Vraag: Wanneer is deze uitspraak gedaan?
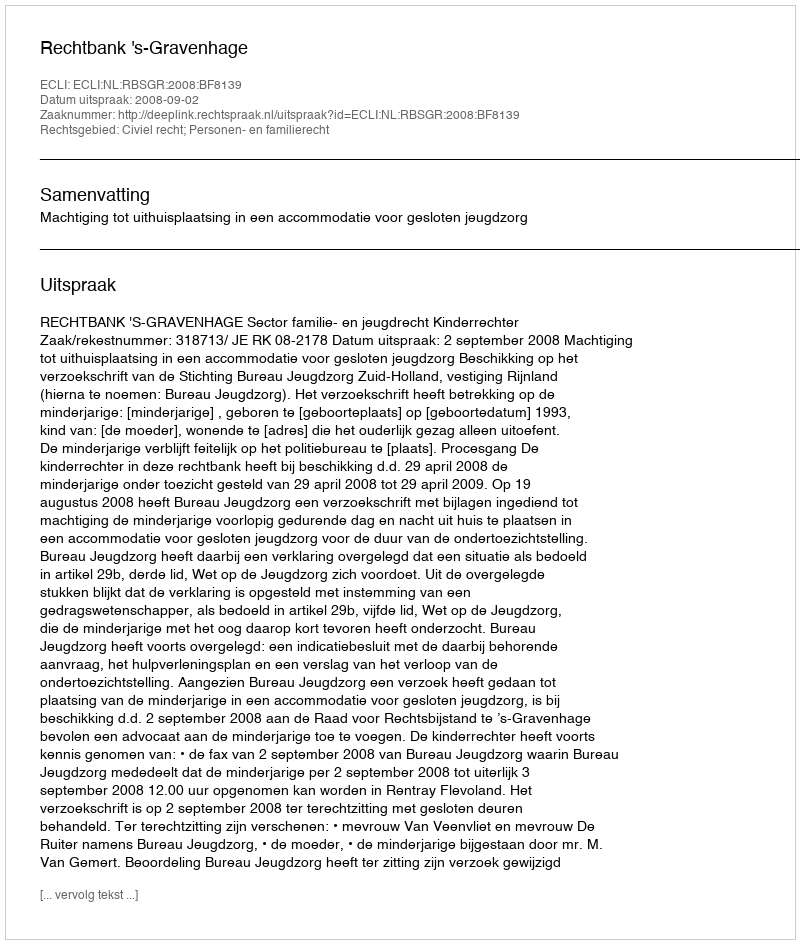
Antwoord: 2008-09-02